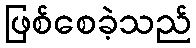
ဖြစ်စေခဲ့သည်